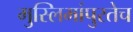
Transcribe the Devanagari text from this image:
मुस्लिमांपुरतेच